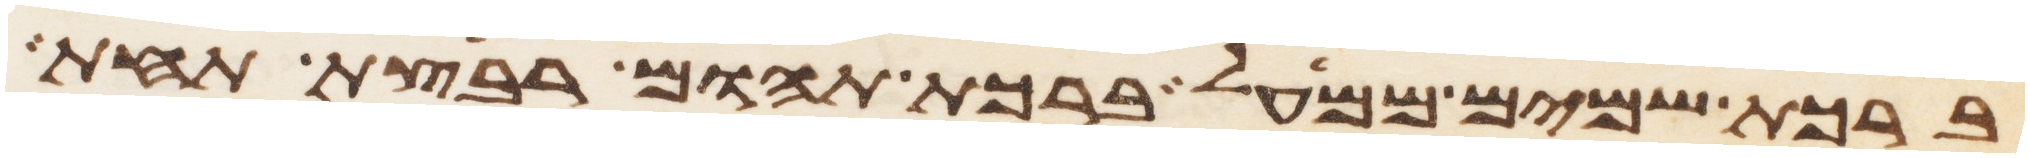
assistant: ברכת שמים ממעל ברכת תהום רבצת תחת